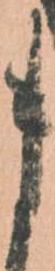
ま